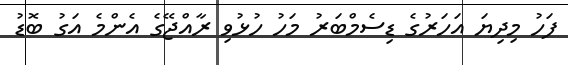
ފަހު މިދިޔަ އަހަރުގެ ޑިސެމްބަރު މަހު ހުޅުވި ރާއްޖޭގެ އެންމެ އަގު ބޮޑު